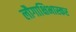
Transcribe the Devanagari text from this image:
लौगाक्षिभास्कर